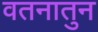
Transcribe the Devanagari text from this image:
वतनातुन